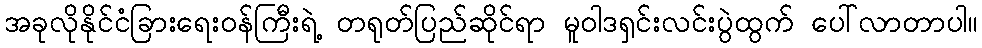
အခုလိုနိုင်ငံခြားရေးဝန်ကြီးရဲ့ တရုတ်ပြည်ဆိုင်ရာ မူဝါဒရှင်းလင်းပွဲထွက် ပေါ်လာတာပါ။